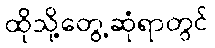
ထိုသို့တွေ့ဆုံရာတွင်